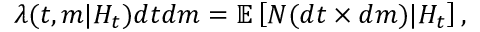
\lambda ( t , m | H _ { t } ) d t d m = \mathbb { E } \left[ N ( d t \times d m ) | H _ { t } \right] ,